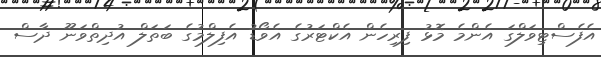
އެފެސްޓިވަލްގަ އެންމެ މޮޅު ފިރިހެން އެކްޓަރުގެ އެވޯޑު އެފިލްމުގެ ބަތަލް އުދިތްވަނޫ ދާސް